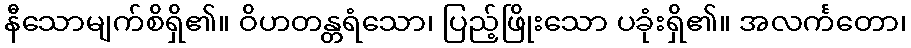
နီသောမျက်စိရှိ၏။ ဝိဟတန္တရံသော၊ ပြည့်ဖြိုးသော ပခုံးရှိ၏။ အလင်္ကတော၊